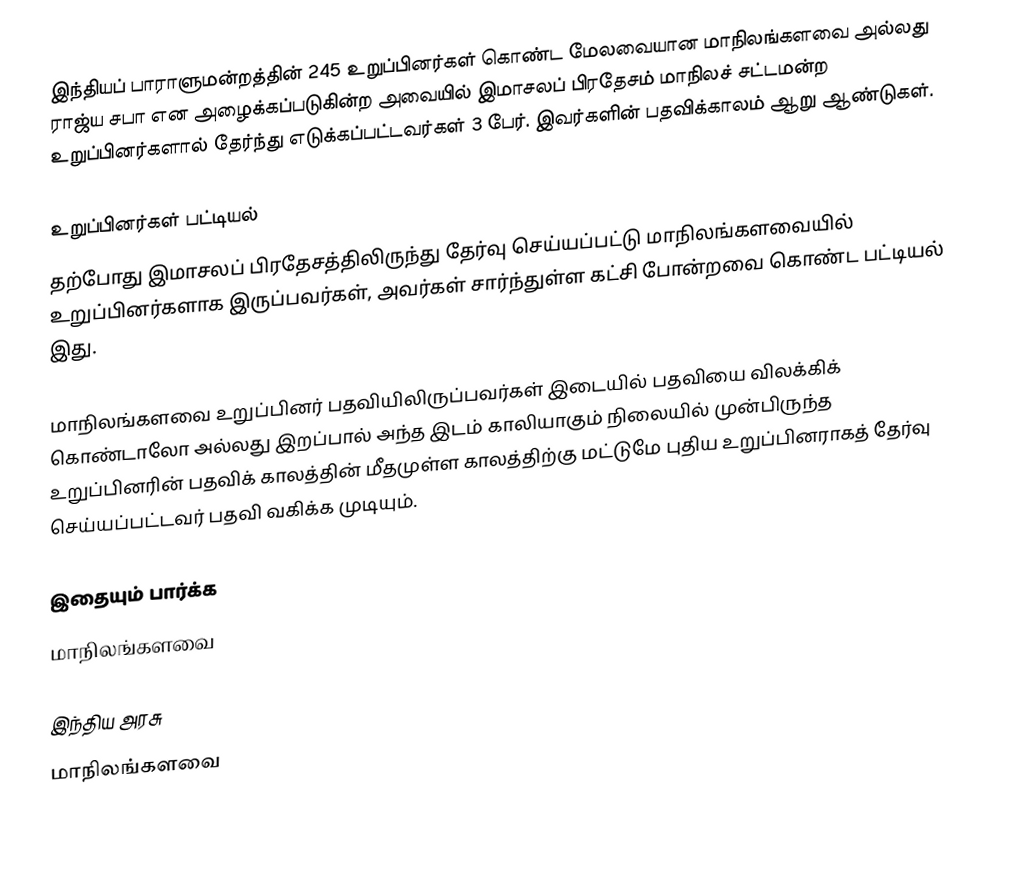
இந்தியப் பாராளுமன்றத்தின் 245 உறுப்பினர்கள் கொண்ட மேலவையான மாநிலங்களவை அல்லது ராஜ்ய சபா  என அழைக்கப்படுகின்ற அவையில் இமாசலப் பிரதேசம் மாநிலச் சட்டமன்ற உறுப்பினர்களால் தேர்ந்து எடுக்கப்பட்டவர்கள் 3 பேர். இவர்களின் பதவிக்காலம் ஆறு ஆண்டுகள்.

உறுப்பினர்கள் பட்டியல்
தற்போது இமாசலப் பிரதேசத்திலிருந்து தேர்வு செய்யப்பட்டு மாநிலங்களவையில் உறுப்பினர்களாக இருப்பவர்கள், அவர்கள் சார்ந்துள்ள கட்சி போன்றவை கொண்ட பட்டியல் இது.

 மாநிலங்களவை உறுப்பினர் பதவியிலிருப்பவர்கள் இடையில் பதவியை விலக்கிக் கொண்டாலோ அல்லது இறப்பால் அந்த இடம் காலியாகும் நிலையில் முன்பிருந்த உறுப்பினரின் பதவிக் காலத்தின் மீதமுள்ள காலத்திற்கு மட்டுமே புதிய உறுப்பினராகத் தேர்வு செய்யப்பட்டவர் பதவி வகிக்க முடியும்.

இதையும் பார்க்க
மாநிலங்களவை

இந்திய அரசு
மாநிலங்களவை